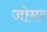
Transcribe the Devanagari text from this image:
जोमर